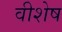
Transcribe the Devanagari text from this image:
वीशेष